Leaving Certificate Examination, 1925
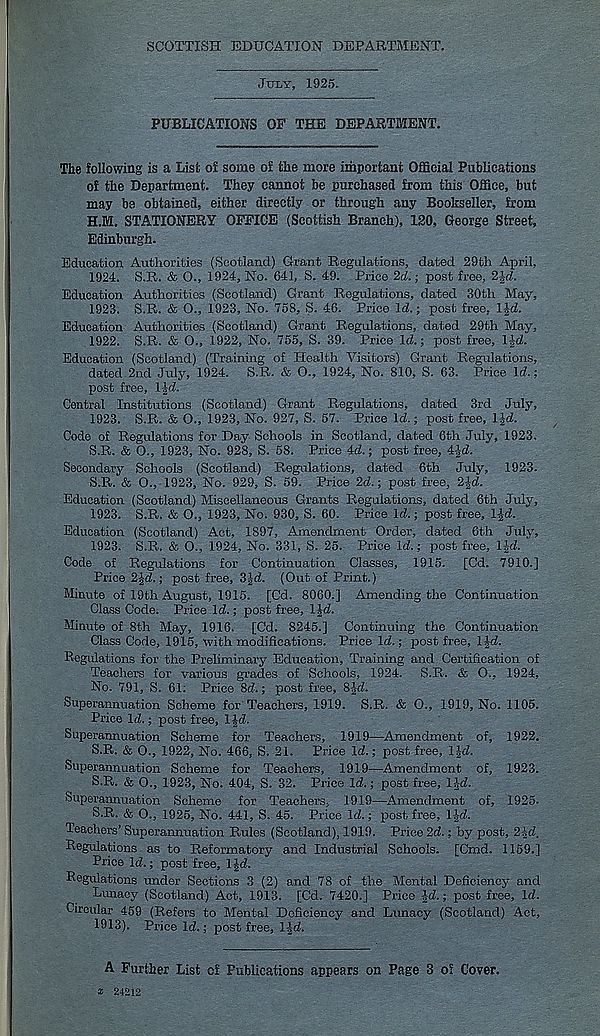
SCOTTISH EDUCATION DEPARTMENT,
July, 1925.
PUBLICATIONS OF THE DEPARTMENT.
The following is a List of some of the more important Official Publications
of the Department. They cannot be purchased from this Office, but
may be obtained, either directly or through any Bookseller, from
H.M, STATIONERY OFFICE (Scottish Branch), 120, George Street,
Edinburgh.
Education Authorities (Scotland) Grant Regulations, dated 29th April,
1924. S.R. & 0-, 1924, No. 641, S. 49. Price 2d.; post free, 2\d.
Education Authorities (Scotland) Grant Regulations, dated 30th May,
1923. S.R. & O., 1923, No. 758, S. 46. Price Id.; post free, l|d.
Education Authorities (Scotland) Grant Regulations, dated 29th May,
1922. S.R. & O., 1922, No. 755, S. 39. Price Id.; post free, IJd.
Education (Scotland) (Training of Health Visitors) Grant Regulations,
dated 2nd July, 1924. S.R. & O., 1924, No. 810, S. 63. Price Id.;
post free, l id.
Central Institutions (Scotland) Grant Regulations, dated 3rd July,
1923. S.R. & O., 1923, No. 927, S. 57. Price Id.; post free, IJd.
Code of Regulations for Day Schools in Scotland, dated 6th July, 1923.
S.R. & O., 1923, No. 928, S. 58. Price 4d.; post free, 4-Jd.
Secondary Schools (Scotland) Regulations, dated 6th July, 1923.
S.R. & O., 1923, No. 929, S. 59. Price 2d.; post free, 2-|d.
Education (Scotland) Miscellaneous Grants Regulations, dated 6th July,
1923. S.R. & O., 1923, No. 930, S. 60. Price Id.; post free, Ifd.
Education (Scotland) Act, 1897, Amendment Order, dated 6th July,
1923. S.R. & O., 1924, No. 331, S. 25. Price Id.; post free, IJd.
Code of Regulations for Continuation Classes, 1915. [Cd. 7910.]
Price 2£d.; post free, 3-|d. (Out of Print.)
Minute of I9th August, 1915. [Cd. 8060.] Amending the Continuation
Class Code. Price Id.; post free, l|d.
Minute of 8th May, 1916. [Cd. 8245.] Continuing the Continuation
Class Code, 1915, with modifications. Price Id.; post free, IJd.
Regulations for the Preliminary Education, Training and Certification of
Teachers for various grades of Schools, 1924. S.R. & O., 1924,
No. 791, S. 61: Price 8d.; post free, 8Jd.
Superannuation Scheme for Teachers, 1919. S.R. & O., 1919, No. 1105.
Price Id.; post free, l£d.
Superannuation Scheme for Teachers, 1919—Amendment of, 1922.
S.R. & O., 1922, No. 466, S. 21. Price Id.; post free, IJd.
Superannuation Scheme for Teachers, 1919—Amendment of, 1923.
S.R. & O., 1923, No. 404, S. 32. Price Id.; post free, 1-1-d.
Superannuation Scheme for Teachers, 1919—Amendment of, 1925.
S.R. & O., 1925, No. 441, S. 45. Price Id.; post free, 1-Jd.
Teachers’ Superannuation Rules (Scotland), 1919. Price 2d.; by post, 24d.
Regulations as to Reformatory and Industrial Schools. [Cmd. 1159.]
Price Id.; post free, IJd.
Regulations under Sections 3 (2) and 78 of the Mental Deficiency and
Lunacy (Scotland) Act, 1913. [Cd. 7420.] Price Jd.; post free, Id.
Circular 459 (Refers to Mental Deficiency and Lunacy (Scotland) Act,
1913). Price Id.; post free, l|d.
A Further List cf Publications appears on Page 3 of Cover.
* 24212